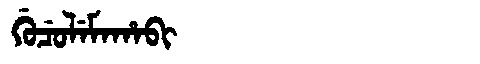
Manchu: ᡤᡠᠴᡠᠯᡝᠮᠠᡥᠠᠪᡳ
Romanization: GUCULEMAHABI